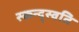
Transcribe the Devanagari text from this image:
स्कन्द्स्वति